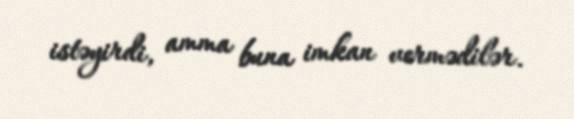
istəyirdi, amma buna imkan vermədilər.